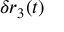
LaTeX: \delta r _ { 3 } ( t )